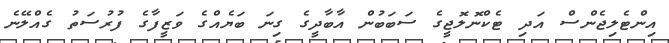
އިންޓެލިޖެންސް އަދި ޓެކްނޮލޮޖީގެ ސަބަބުން އާބާދީގެ ގިނަ ބަޔެއްގެ ވަޒީފާގެ ފުރުސަތު ގެއްލޭނެ